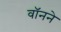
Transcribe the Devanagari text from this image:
वॉनने